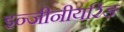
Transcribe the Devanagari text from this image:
इन्जीनीयरिङ